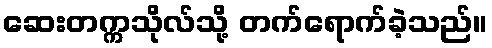
ဆေးတက္ကသိုလ်သို့ တက်ရောက်ခဲ့သည်။